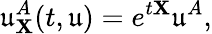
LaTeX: \mathfrak{u}_{\mathbf{X}}^{A}(t,\mathfrak{u})=e^{t\mathbf{X}}\mathfrak{u}^{A},